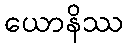
ယောနိဿ